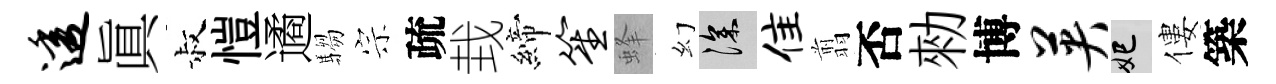
透眞叔愷遹騶宗疏㘽締笙蜂幻深隹翦否勑博英妃僂築